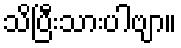
သိပြီးသားပါဗျာ။